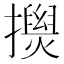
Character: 𢸂